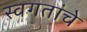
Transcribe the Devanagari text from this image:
स्वगतांचे